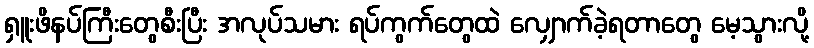
ရှူးဖိနပ်ကြီးတွေစီးပြီး အလုပ်သမား ရပ်ကွက်တွေထဲ လျှောက်ခဲ့ရတာတွေ မေ့သွားလို့